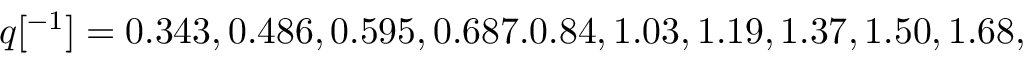
q [ \AA ^ { - 1 } ] = 0 . 3 4 3 , 0 . 4 8 6 , 0 . 5 9 5 , 0 . 6 8 7 . 0 . 8 4 , 1 . 0 3 , 1 . 1 9 , 1 . 3 7 , 1 . 5 0 , 1 . 6 8 ,